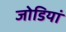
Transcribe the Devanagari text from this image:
जोडियां